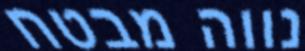
נווה מבטח